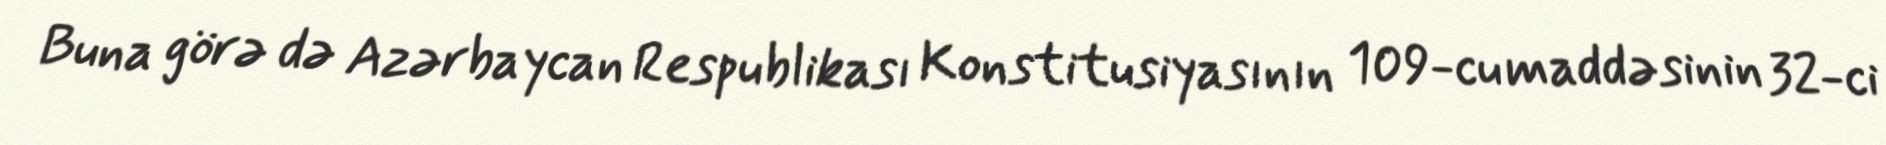
Buna görə də Azərbaycan Respublikası Konstitusiyasının 109-cu maddəsinin 32-ci